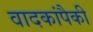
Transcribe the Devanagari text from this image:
वादकांपैकी